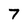
Character: 7